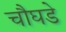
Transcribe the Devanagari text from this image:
चौघडे